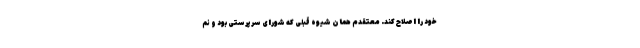
خود را اصلاح کند. معتقدم همان شیوه قبلی که شورای سرپرستی بود و نم